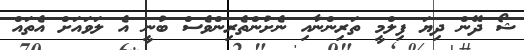
ޝޯ ދޭން ދިޔަ ފިލްމީ ތަރިންނާއި ނެށުންތެރިންވެސް ބުނީ އެ ލަވައަށް އެތައް